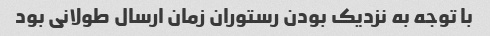
با توجه به نزدیک بودن رستوران زمان ارسال طولانی بود